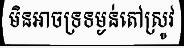
មិនអាចទ្រទម្ងន់តៅស្រូវ